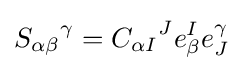
{S_{\alpha \beta }}^{\gamma }={C_{\alpha I}}^{J}e_{\beta }^{I}e_{J}^{\gamma }